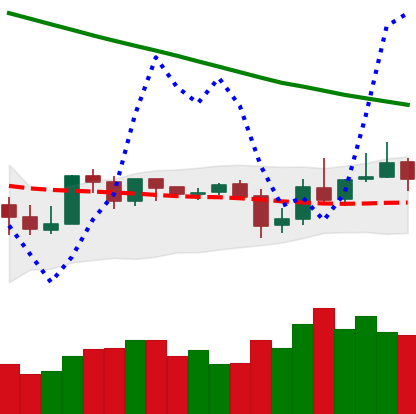
Ticker: XLM-USD
Chart end date: 2019-10-30
Forward return: 18.309%
Label: up_7plus